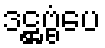
ဒဋ္ဌဗ္ဗံပေ